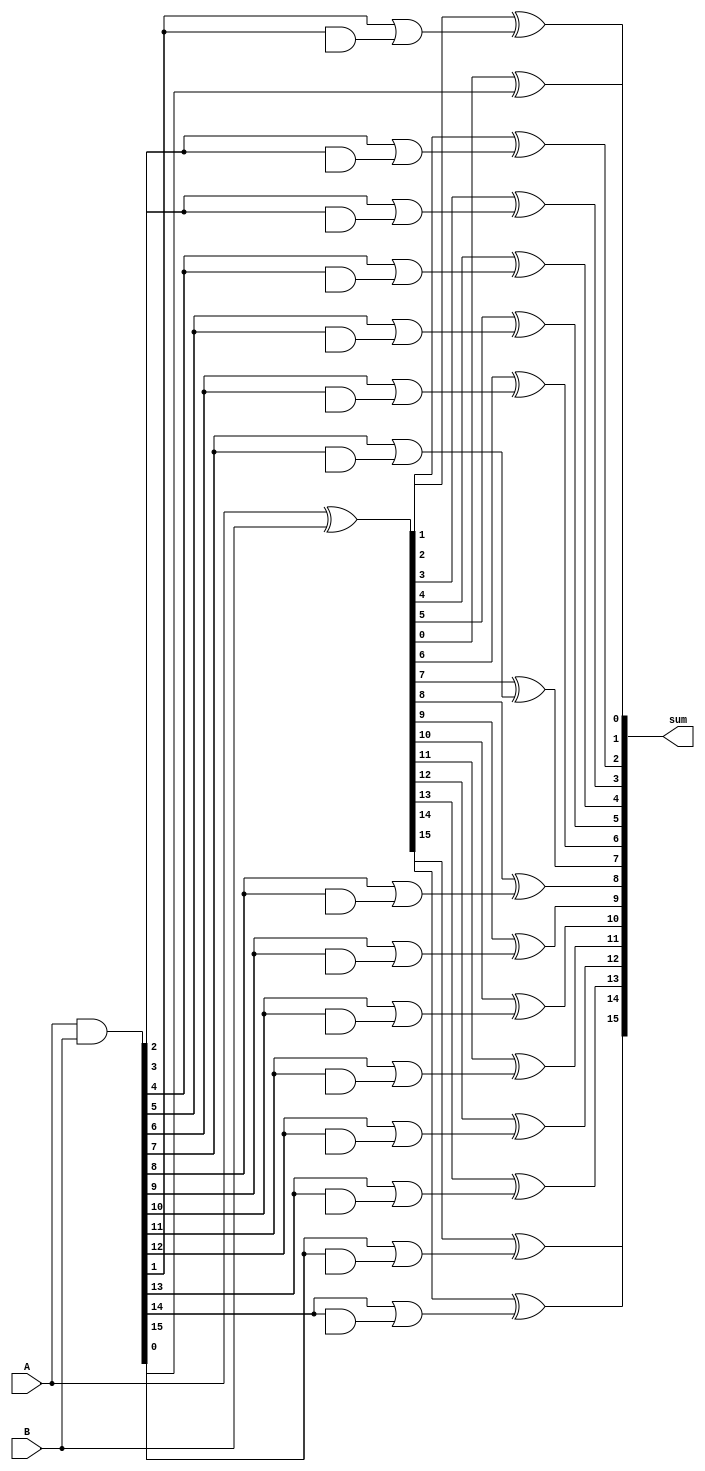
module BrentKungAdder (
    input wire [N-1:0] A,
    input wire [N-1:0] B,
    output reg [N-1:0] sum
);

parameter N = 16;

genvar i;
generate
    for (i = 0; i < N; i = i + 1) begin : stage
        reg [N-1:0] P, G;
        reg [N-1:0] C;
        
        assign P = A ^ B;
        assign G = A & B;
        
        always @* begin
            if (i == 0) begin
                C[i] <= G[i];
            end else begin
                C[i] <= G[i] | (G[i] & C[i-1]);
            end
            sum[i] <= P[i] ^ C[i];
        end
    end
endgenerate

endmodule